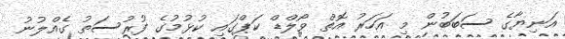
އަނިޔާގެ ސަބަބުން މި އަހަރު އޮތް ވޯލްޑް ކަޕްގައި ކުޅުމުގެ ފުރުސަތު ގެއްލުނު